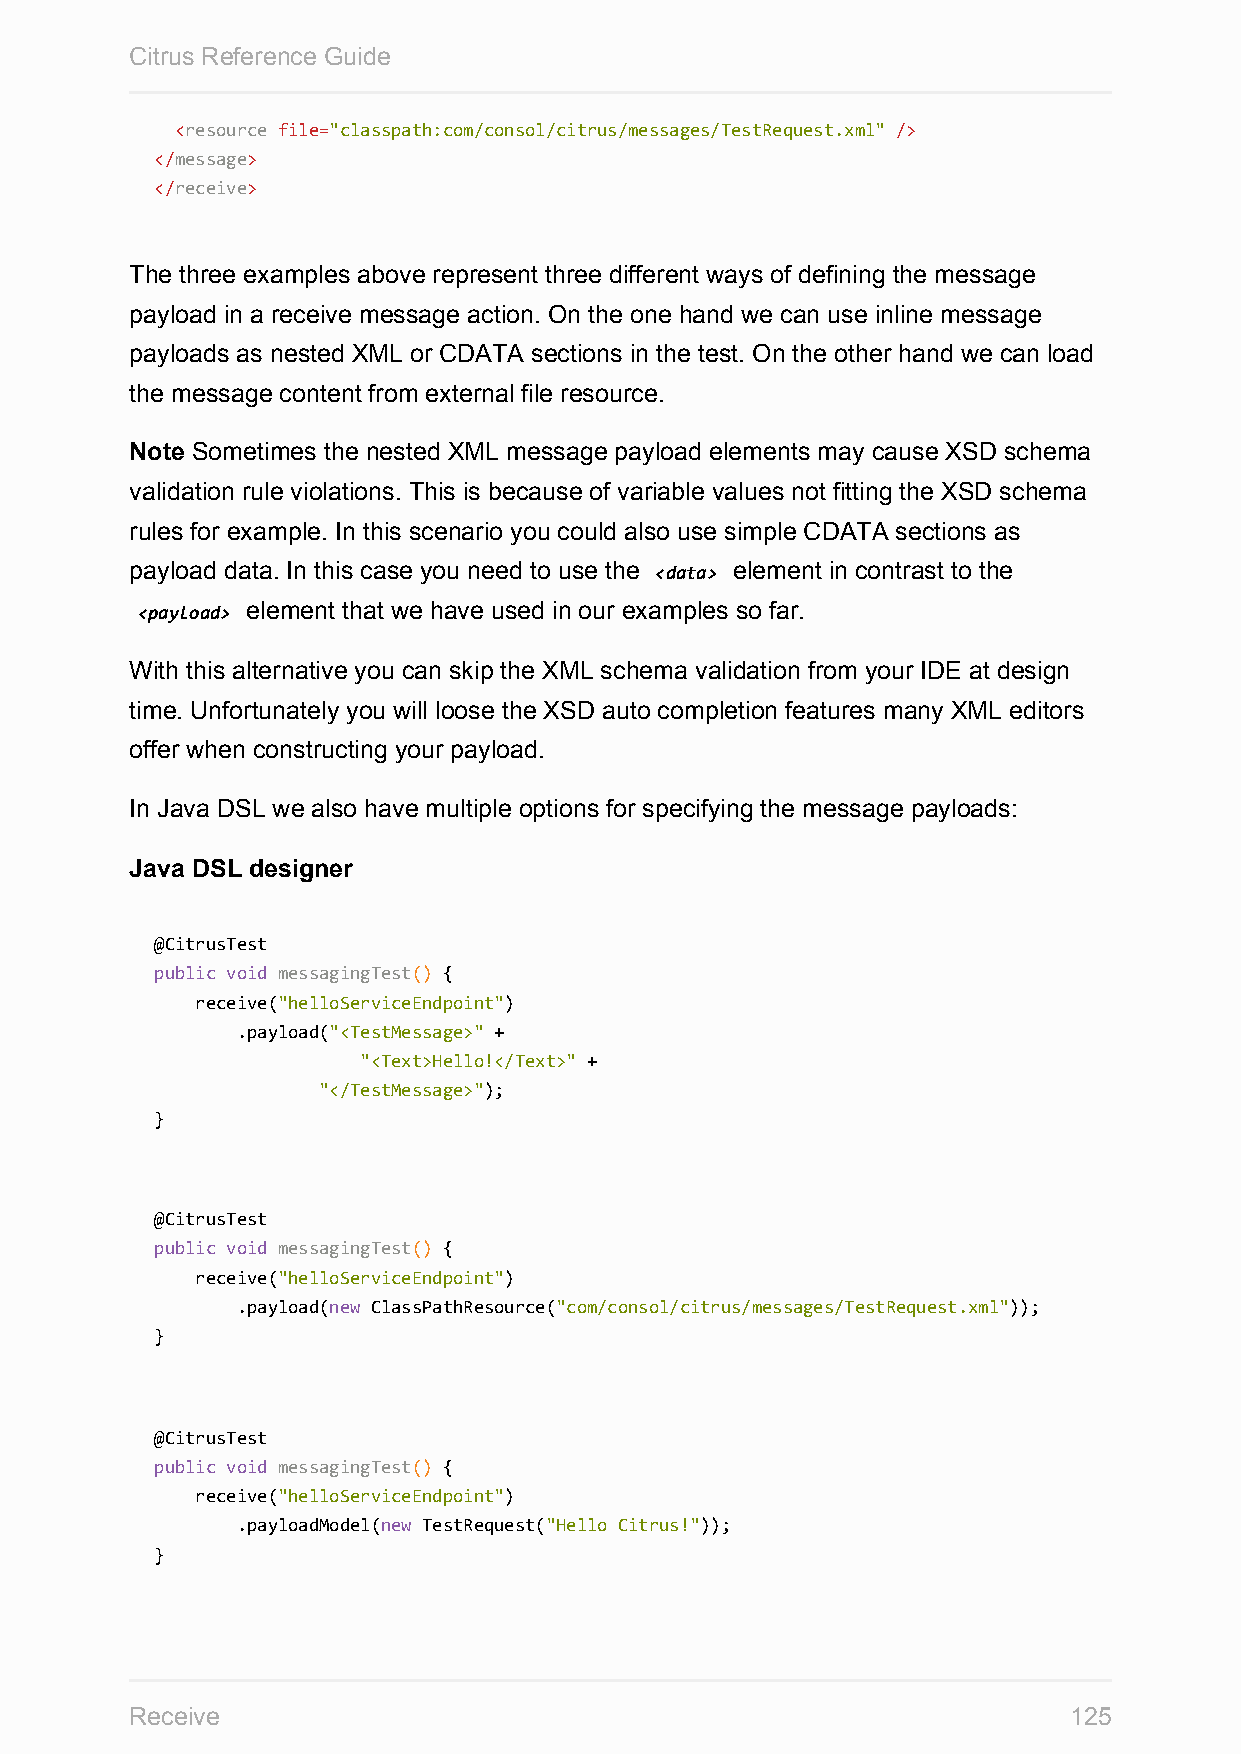
Citrus Reference Guide
 <resource file="classpath:com/consol/citrus/messages/TestRequest.xml" />
 </message>
 </receive>
 The three examples above represent three different ways of defining the message
 payload in a receive message action. On the one hand we can use inline message
 payloads as nested XML or CDATA sections in the test. On the other hand we can load
 the message content from external file resource.
 Note Sometimes the nested XML message payload elements may cause XSD schema
 validation rule violations. This is because of variable values not fitting the XSD schema
 rules for example. In this scenario you could also use simple CDATA sections as
 payload data. In this case you need to use the <data> element in contrast to the
 <payload> element that we have used in our examples so far.
 With this alternative you can skip the XML schema validation from your IDE at design
 time. Unfortunately you will loose the XSD auto completion features many XML editors
 offer when constructing your payload.
 In Java DSL we also have multiple options for specifying the message payloads:
 Java DSL designer
 @CitrusTest
 public void messagingTest() {
 receive("helloServiceEndpoint")
 .payload("<TestMessage>" +
 "<Text>Hello!</Text>" +
 "</TestMessage>");
 }
 @CitrusTest
 public void messagingTest() {
 receive("helloServiceEndpoint")
 .payload(new ClassPathResource("com/consol/citrus/messages/TestRequest.xml"));
 }
 @CitrusTest
 public void messagingTest() {
 receive("helloServiceEndpoint")
 .payloadModel(new TestRequest("Hello Citrus!"));
 }
 Receive                                                       125